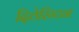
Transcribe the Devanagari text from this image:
दिठेरिंग्टन